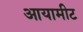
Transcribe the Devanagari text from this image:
आयामीट